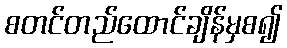
စတင်တည်ထောင်ချိန်မှစ၍